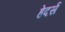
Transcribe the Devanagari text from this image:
हेदर्स